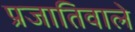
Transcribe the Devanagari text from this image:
प्रजातिवाले